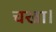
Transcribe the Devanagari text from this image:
चखा।